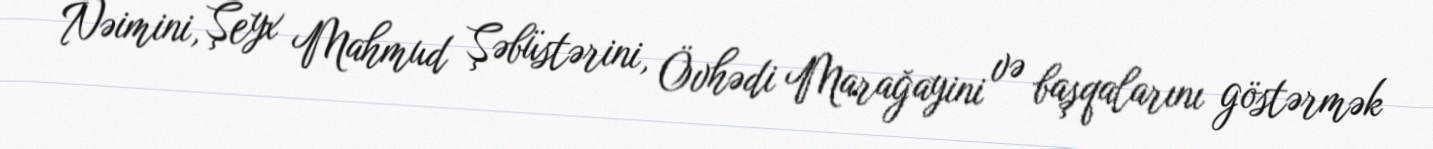
Nəimini, Şeyx Mahmud Şəbüstərini, Övhədi Marağayini və başqalarını göstərmək